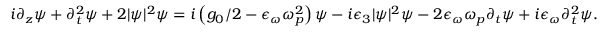
\begin{array} { r } { i \partial _ { z } \psi + \partial _ { t } ^ { 2 } \psi + 2 | \psi | ^ { 2 } \psi = i \left( g _ { 0 } / 2 - \epsilon _ { \omega } \omega _ { p } ^ { 2 } \right) \psi - i \epsilon _ { 3 } | \psi | ^ { 2 } \psi - 2 \epsilon _ { \omega } \omega _ { p } \partial _ { t } \psi + i \epsilon _ { \omega } \partial _ { t } ^ { 2 } \psi . } \end{array}